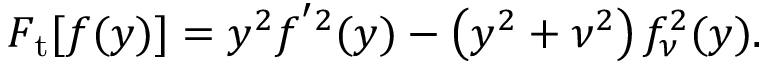
F _ { \mathrm { t } } [ f ( y ) ] = y ^ { 2 } f ^ { ^ { \prime } 2 } ( y ) - \left( y ^ { 2 } + \nu ^ { 2 } \right) f _ { \nu } ^ { 2 } ( y ) .